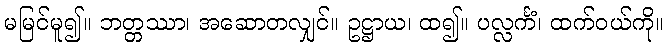
မမြင်မူ၍။ ဘတ္တဿာ၊ အဆောတလျှင်။ ဥဋ္ဌာယ၊ ထ၍။ ပလ္လင်္ကံ၊ ထက်ဝယ်ကို။